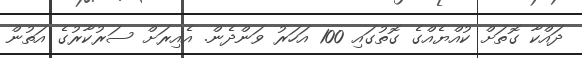
ދައްކާ ގޮތަށް ކުއްޔެއްގެ ގޮތުގައި 100 އަހަރު ވަންދެން. އެއިރަށް ސަރުކާރުގެ އަތުން